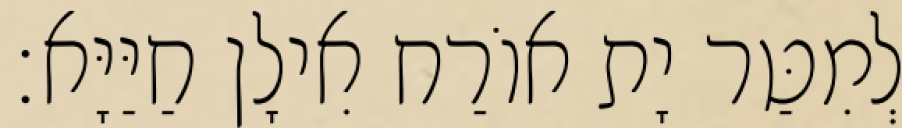
לְמִטַּר יָת אוֹרַח אִילָן חַיַּיָּא׃